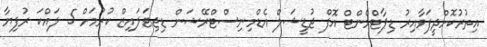
އިތުރުކޮށްދީފަވާއިރު ޑިޕާޓްމެންޓް އޮފް ޖުޑީޝަލް އެޑްމިނިސްޓްރޭޝަން ޑިޖިޓަލައިޒް ކުރުމަށް 5 ލައްކަ ރުފިޔާ